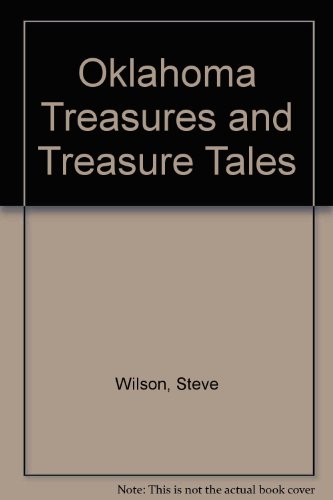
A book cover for Oklahoma Treasures and Treasure Tales; Steve Wilson; Travel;